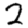
Digit: 2